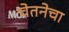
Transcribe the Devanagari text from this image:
चेतनेचा